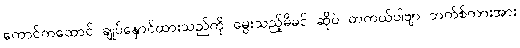
ကောင်ကထောင် ချုပ်နှောင်ထားသည်ကို မွေးသည့်မိခင် ဆိုပဲ တကယ်ပါဗျာ ဘက်စ်ကားအား